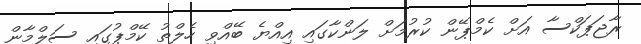
ރާޖަޕަކްސާ އަށް ކެމްޕޭން ކުރުމަށް ލަންކާގައި އިއްޔެ ބޭއްވި ހެލްތު ކޭމްޕުގައި ސަލްމާން